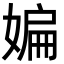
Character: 媥